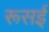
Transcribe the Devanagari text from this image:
रूसई